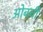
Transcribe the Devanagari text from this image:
ओबची